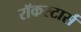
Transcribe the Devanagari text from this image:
रॉकस्टार्स